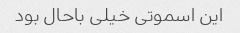
این اسموتی خیلی باحال بود